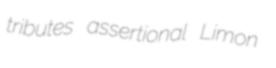
tributes assertional Limon